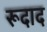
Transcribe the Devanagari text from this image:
रूदाद